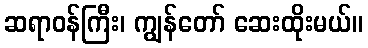
ဆရာဝန်ကြီး၊ ကျွန်တော် ဆေးထိုးမယ်။